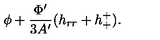
\phi + \frac { \Phi ^ { \prime } } { 3 A ^ { \prime } } ( h _ { r r } + h _ { + } ^ { + } ) .